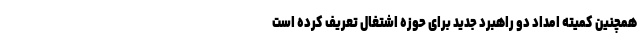
همچنین کمیته امداد دو راهبرد جدید برای حوزه اشتغال تعریف کرده است